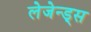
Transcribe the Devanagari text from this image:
लेजेन्ड्स